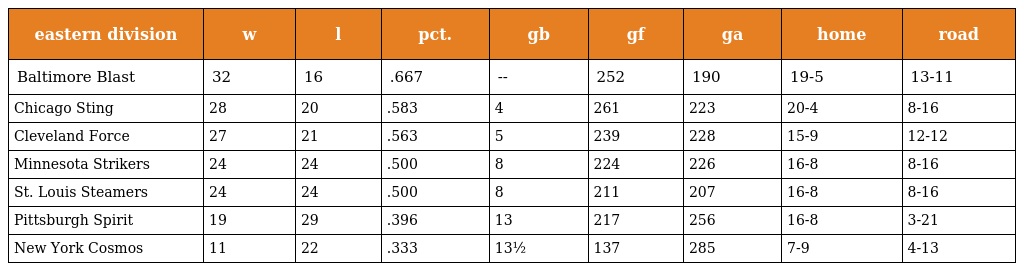
| eastern division | w | l | pct. | gb | gf | ga | home | road |
 | --- | --- | --- | --- | --- | --- | --- | --- | --- |
 | Baltimore Blast | 32 | 16 | .667 | -- | 252 | 190 | 19-5 | 13-11 |
 | Chicago Sting | 28 | 20 | .583 | 4 | 261 | 223 | 20-4 | 8-16 |
 | Cleveland Force | 27 | 21 | .563 | 5 | 239 | 228 | 15-9 | 12-12 |
 | Minnesota Strikers | 24 | 24 | .500 | 8 | 224 | 226 | 16-8 | 8-16 |
 | St. Louis Steamers | 24 | 24 | .500 | 8 | 211 | 207 | 16-8 | 8-16 |
 | Pittsburgh Spirit | 19 | 29 | .396 | 13 | 217 | 256 | 16-8 | 3-21 |
 | New York Cosmos | 11 | 22 | .333 | 13½ | 137 | 285 | 7-9 | 4-13 |